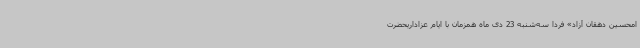
امحسین دهقان آزاد» فردا سه‌شنبه 23 دی ماه همزمان با ایام عزاداریحضرت